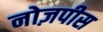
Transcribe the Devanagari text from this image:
नोज़पीस